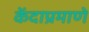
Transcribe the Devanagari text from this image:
केंदाप्रमाणे